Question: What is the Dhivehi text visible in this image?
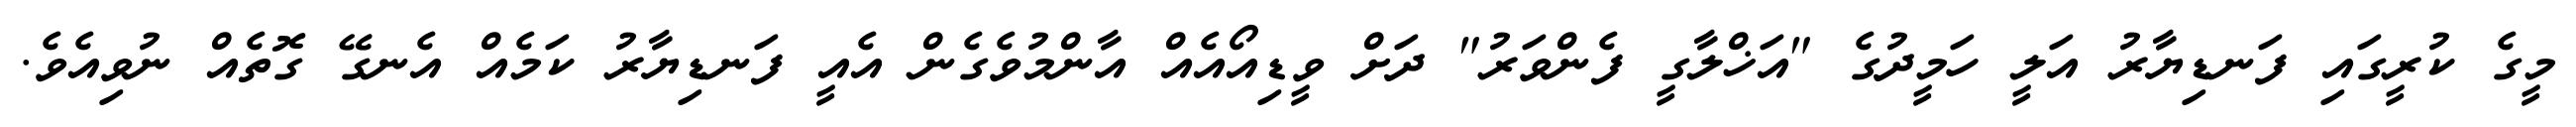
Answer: މީގެ ކުރީގައި ފަނޑިޔާރު އަލީ ހަމީދުގެ "އަޚްލާގީ ފެންވަރު" ދަށް ވީޑިއޯއެއް އާންމުވެގެން އެއީ ފަނޑިޔާރު ކަމެއް އެނގޭ ގޮތެއް ނުވިއެވެ.